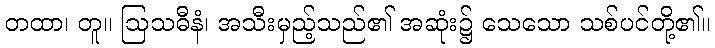
တထာ၊ တူ။ ဩသဓီနံ၊ အသီးမှည့်သည်၏ အဆုံး၌ သေသော သစ်ပင်တို့၏။